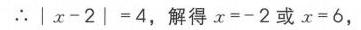
$\therefore |x - 2| = 4$，解得$x = - 2$或$x = 6$，